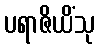
ပရာဇိယိံသု